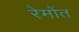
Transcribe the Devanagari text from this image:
रेमोंत